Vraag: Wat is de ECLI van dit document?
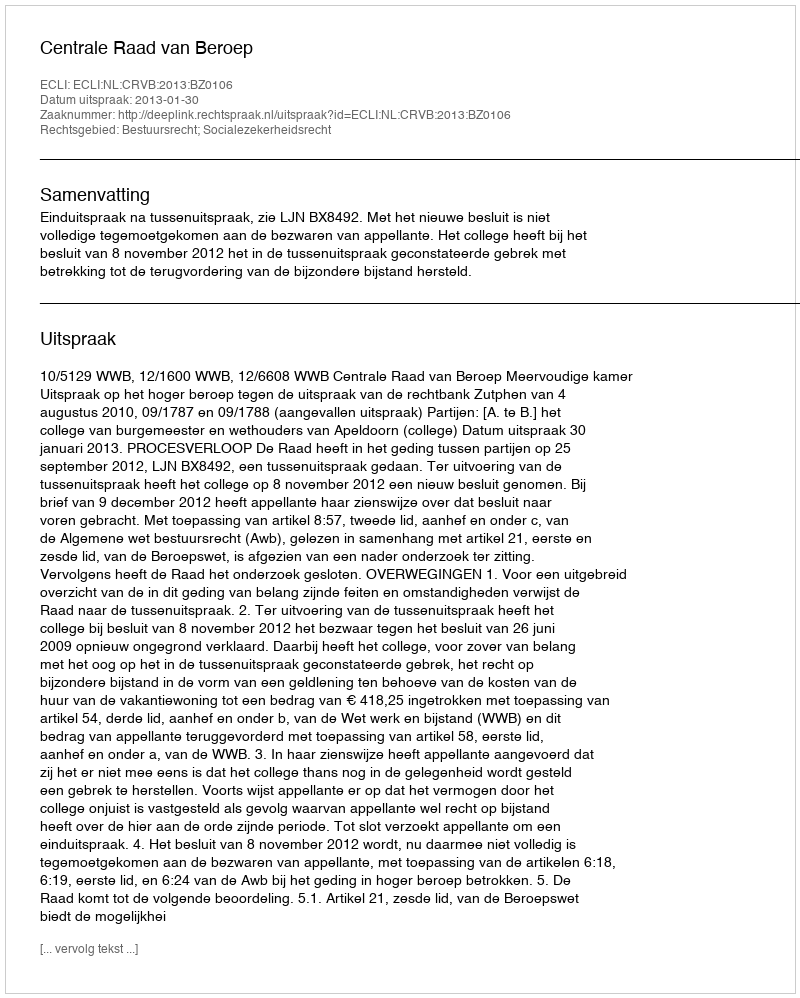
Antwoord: ECLI:NL:CRVB:2013:BZ0106